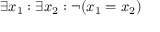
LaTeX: \exists x _ { 1 } : \exists x _ { 2 } : \lnot ( x _ { 1 } = x _ { 2 } )